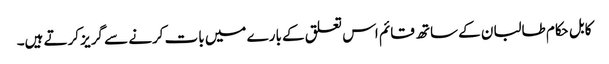
کابل حکام طالبان کے ساتھ قائم اس تعلق کے بارے میں بات کرنے سے گریز کرتے ہیں۔